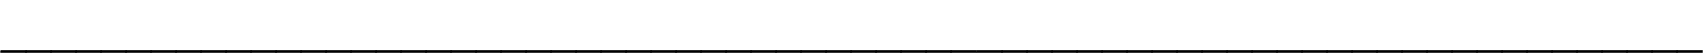
____________________________________________________________________